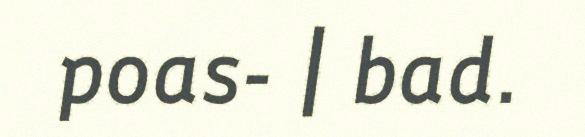
poas- | bad.